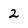
Character: 2